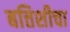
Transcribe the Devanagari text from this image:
बत्तिशीचा